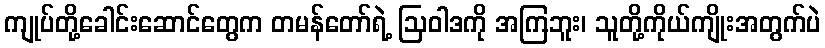
ကျုပ်တို့ခေါင်းဆောင်တွေက တမန်တော်ရဲ့ ဩဝါဒကို အကြဘူး၊ သူတို့ကိုယ်ကျိုးအတွက်ပဲ